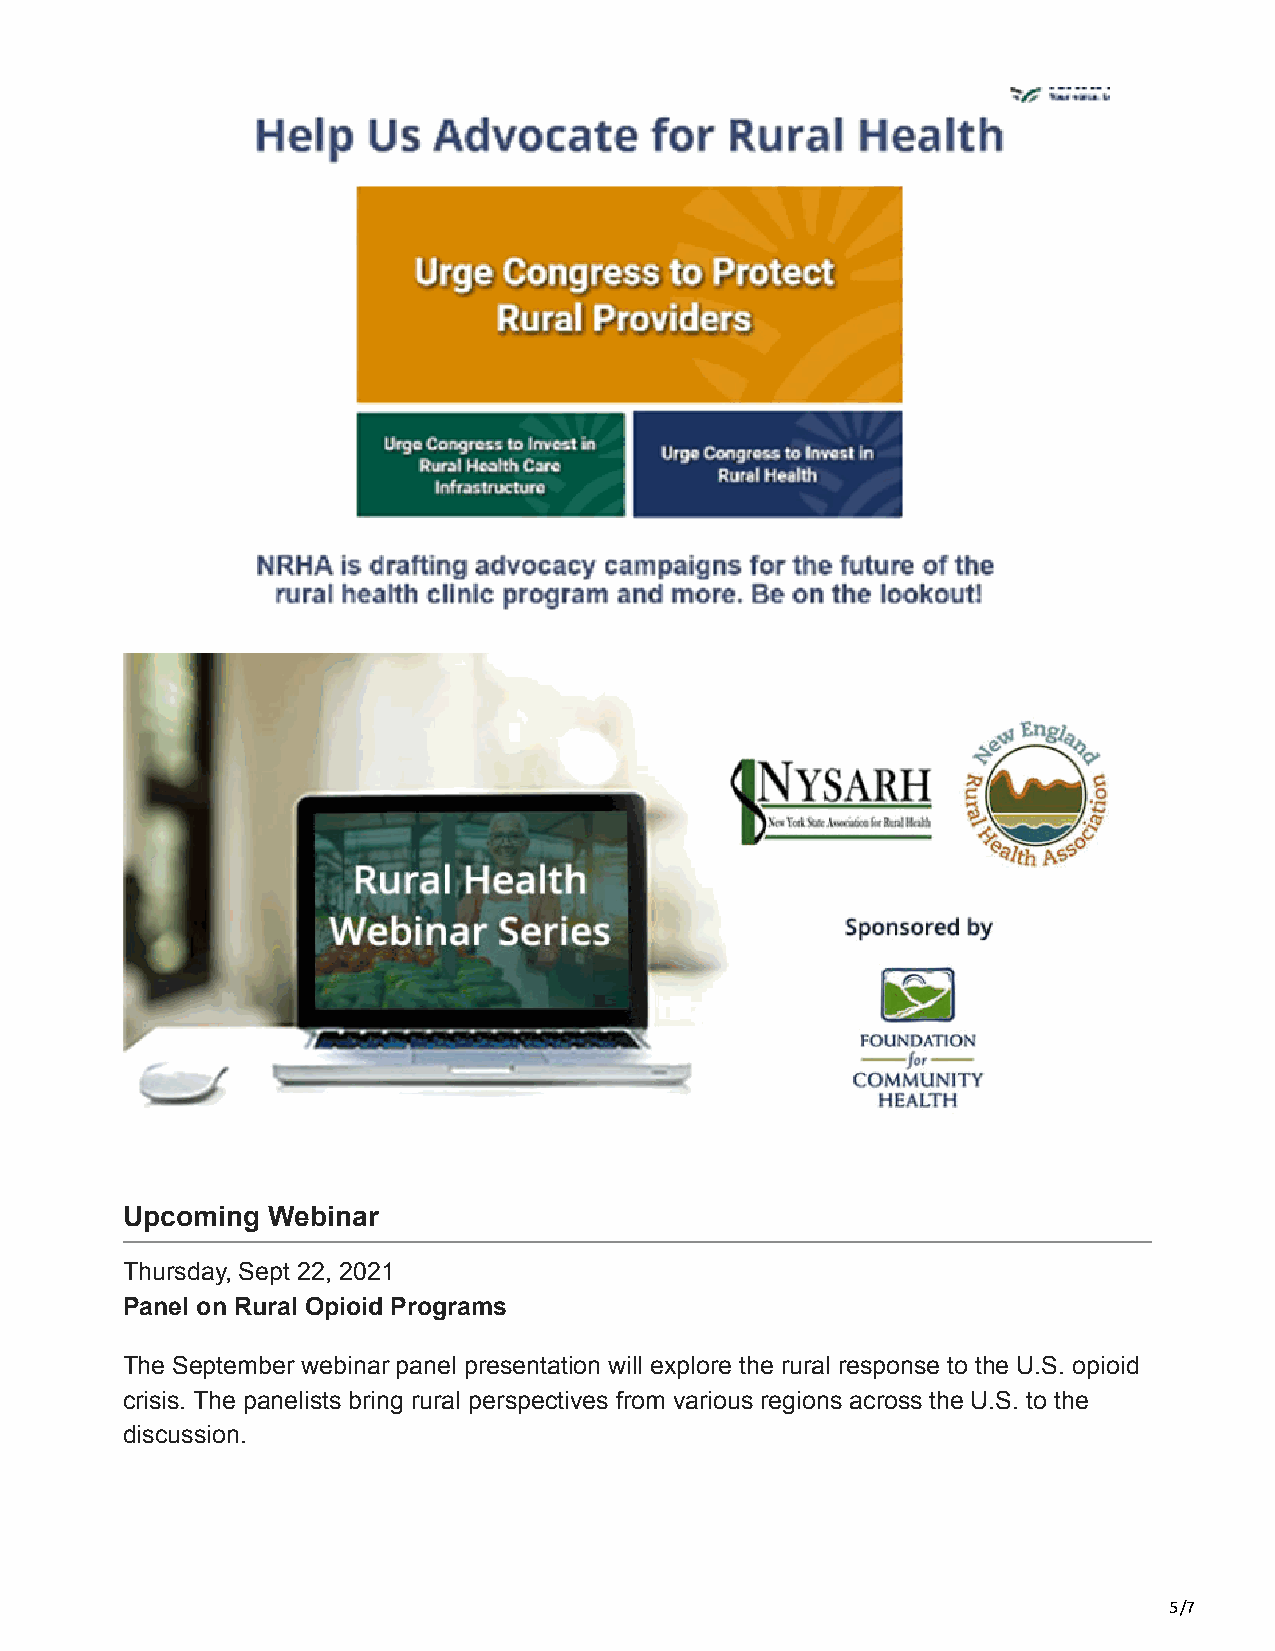
Upcoming  Webinar
 Thursday, Sept 22, 2021
 Panel on Rural Opioid Programs
 The September webinar panel presentation will explore the rural response to the U.S. opioid
 crisis. The panelists bring rural perspectives from various regions across the U.S. to the
 discussion.
 5/7